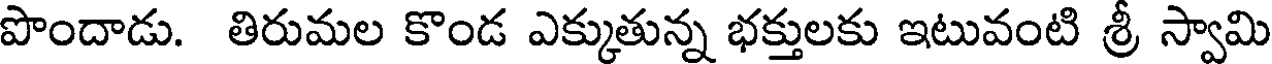
పొందాడు. తిరుమల కొండ ఎక్కుతున్న భక్తులకు ఇటువంటి శ్రీ స్వామి